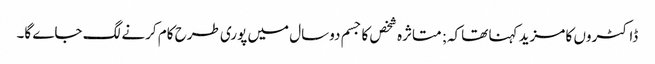
ڈاکٹروں کا مزید کہنا تھاکہ; متاثرہ شخص کا جسم دوسال میں پوری طرح کام کرنے لگ جاے گا۔